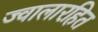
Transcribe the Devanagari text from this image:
ज्वालारहित